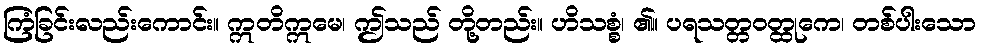
ကြံခြင်းလည်းကောင်း။ ဣတိဣမေ၊ ဤသည် တို့တည်း။ ဟိသစ္စံ၊ ၏။ ပရသတ္တဝတ္ထုကေ၊ တစ်ပါးသော